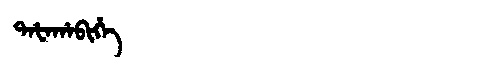
Manchu: ᡨᠠᡶᠠᡥᠠᠪᡳᡥᡝ
Romanization: TAFAHABIHE